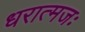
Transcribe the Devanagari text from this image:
धरात्मजः